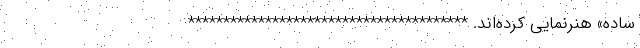
ساده» هنرنمایی کرده‌اند. ****************************************